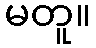
မတူ။